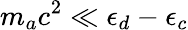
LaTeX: m_{a}c^{2}\ll\epsilon_{d}-\epsilon_{c}